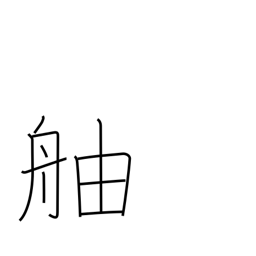
Meaning: prow